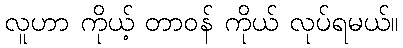
လူဟာ ကိုယ့် တာဝန် ကိုယ် လုပ်ရမယ်။